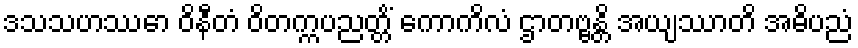
ဒသသဟဿော ဝိနီတံ ဝိတက္ကပညတ္တိံ ကောကိလံ ဌာတဗ္ဗန္တိ အယျဿာတိ အဓိပညံ